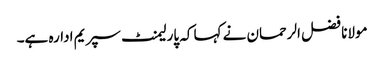
مولانا فضل الرحمان نے کہا کہ پارلیمنٹ سپریم ادارہ ہے۔